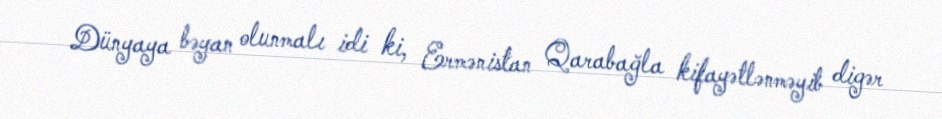
Dünyaya bəyan olunmalı idi ki, Ermənistan Qarabağla kifayətlənməyib digər